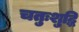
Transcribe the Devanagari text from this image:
चतुःशुद्धि